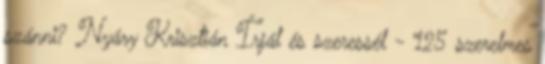
szánni? Nyáry Krisztián Írjál és szeressél - 125 szerelmes